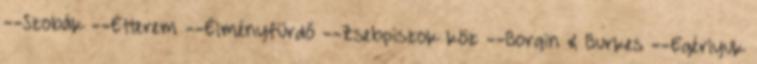
--Szobák --Étterem --Élményfürdő --Zsebpiszok köz --Borgin & Burkes --Egérlyuk